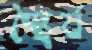
স্থৈর্য